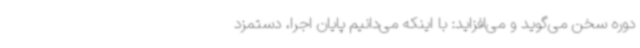
دوره سخن می‌گوید و می‌افزاید: با اینکه می‌دانیم پایان اجرا، دستمزد